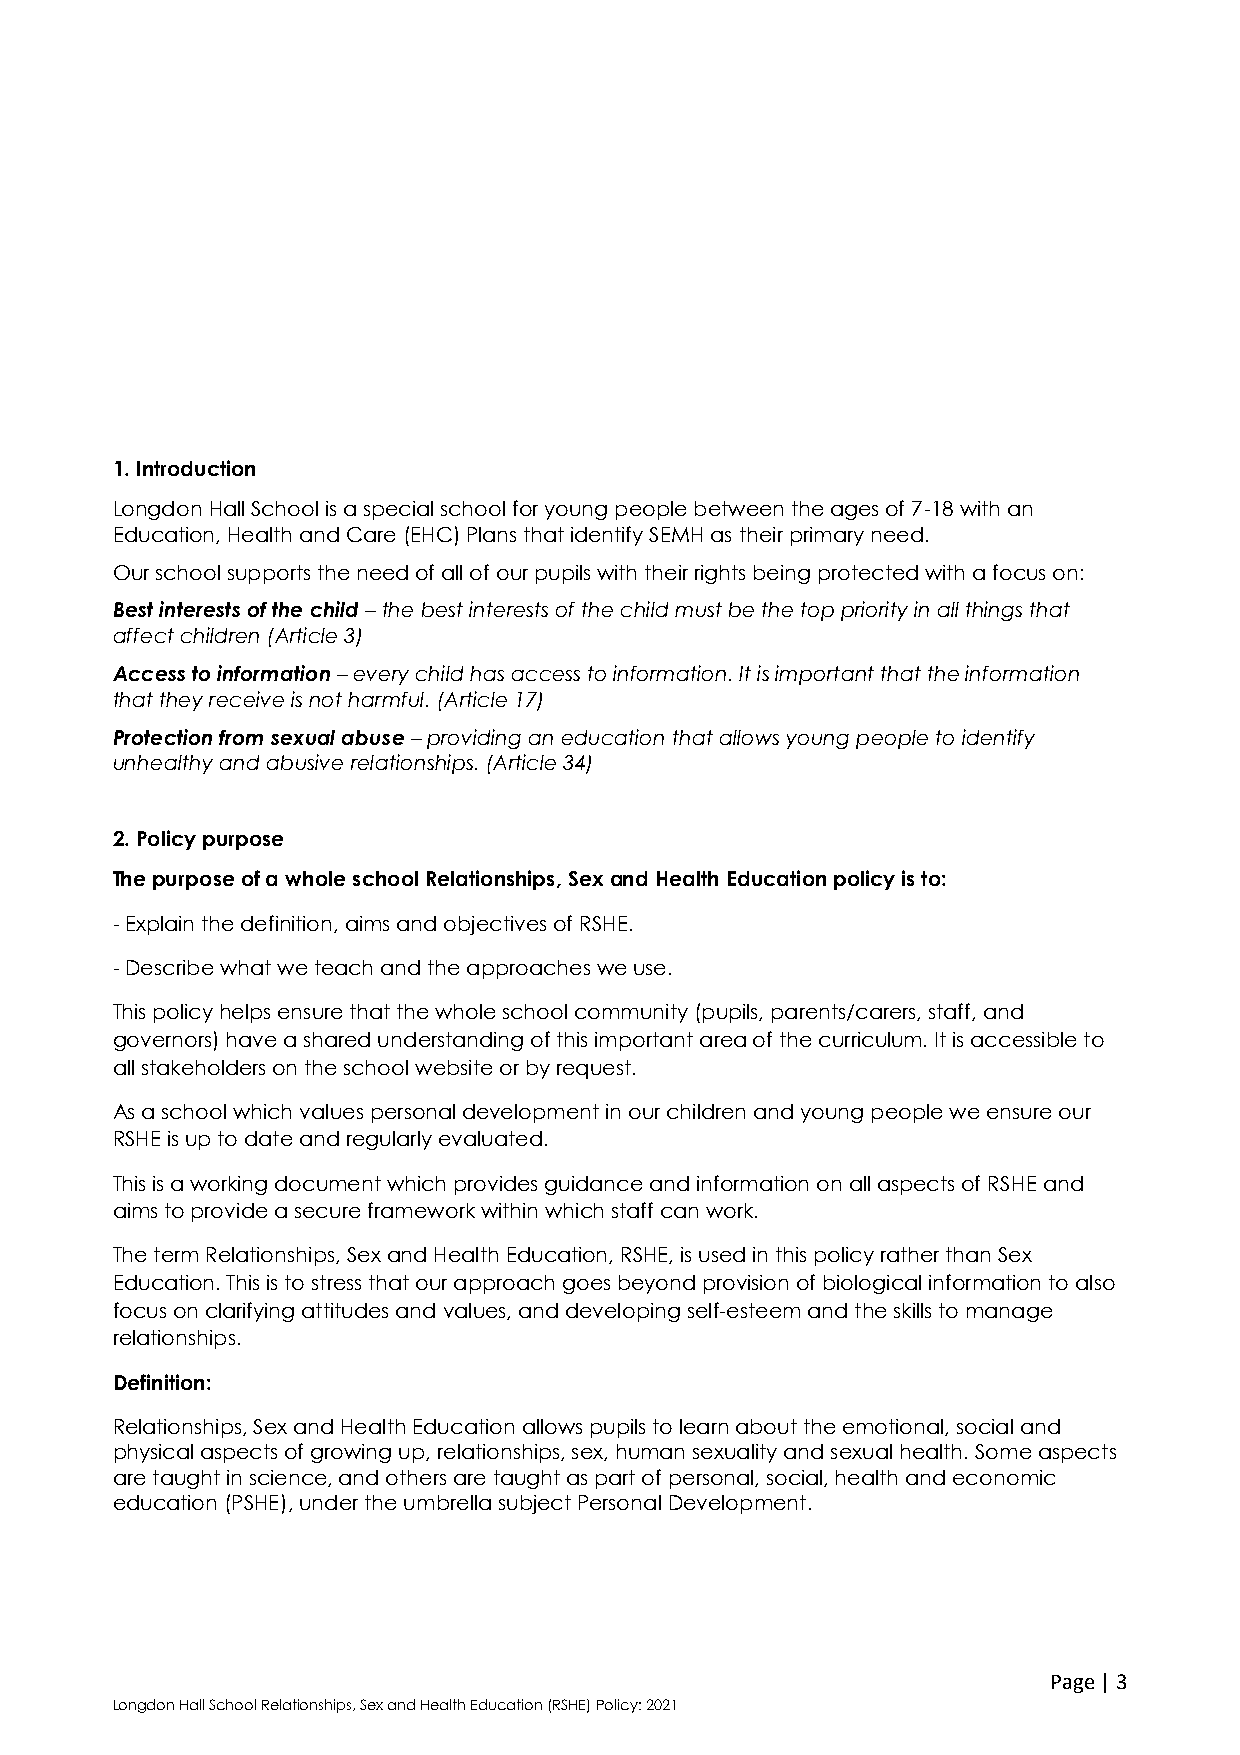
1. Introduction
 Longdon Hall School is a special school for young people between the ages of 7-18 with an
 Education, Health and Care (EHC) Plans that identify SEMH as their primary need.
 Our school supports the need of all of our pupils with their rights being protected with a focus on:
 Best interests of the child – the best interests of the child must be the top priority in all things that
 affect children (Article 3)
 Access to information – every child has access to information. It is important that the information
 that they receive is not harmful. (Article 17)
 Protection from sexual abuse – providing an education that allows young people to identify
 unhealthy and abusive relationships. (Article 34)
 2. Policy purpose
 The purpose of a whole school Relationships, Sex and Health Education policy is to:
 - Explain the definition, aims and objectives of RSHE.
 - Describe what we teach and the approaches we use.
 This policy helps ensure that the whole school community (pupils, parents/carers, staff, and
 governors) have a shared understanding of this important area of the curriculum. It is accessible to
 all stakeholders on the school website or by request.
 As a school which values personal development in our children and young people we ensure our
 RSHE is up to date and regularly evaluated.
 This is a working document which provides guidance and information on all aspects of RSHE and
 aims to provide a secure framework within which staff can work.
 The term Relationships, Sex and Health Education, RSHE, is used in this policy rather than Sex
 Education. This is to stress that our approach goes beyond provision of biological information to also
 focus on clarifying attitudes and values, and developing self-esteem and the skills to manage
 relationships.
 Definition:
 Relationships, Sex and Health Education allows pupils to learn about the emotional, social and
 physical aspects of growing up, relationships, sex, human sexuality and sexual health. Some aspects
 are taught in science, and others are taught as part of personal, social, health and economic
 education (PSHE), under the umbrella subject Personal Development.
 Page | 3
 Longdon Hall School Relationships, Sex and Health Education (RSHE) Policy: 2021